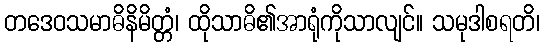
တဒေဝသမာဓိနိမိတ္တံ၊ ထိုသာဓိ၏အာရုံကိုသာလျင်။ သမုဒါစရတိ၊